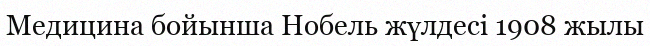
Медицина бойынша Нобель жүлдесі 1908 жылы